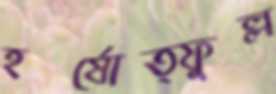
হর্ষোত্ফুল্ল